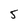
Character: 5